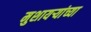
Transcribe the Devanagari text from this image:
मुशायऱ्यांच्या